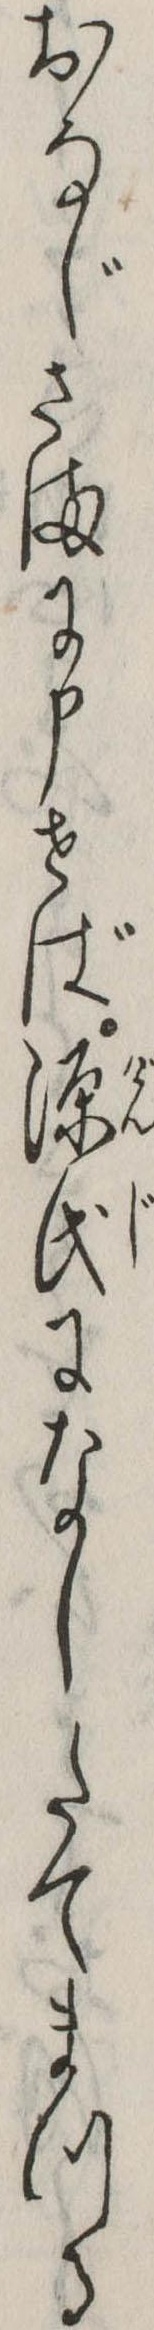
おなじさまに申せば源氏になしたてまつる